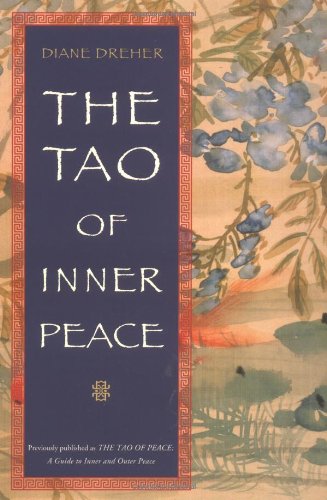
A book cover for The Tao of Inner Peace; Diane Dreher; Religion & Spirituality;